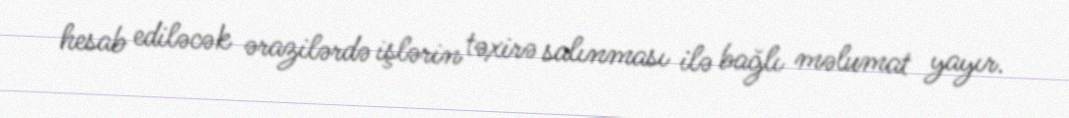
hesab ediləcək ərazilərdə işlərin təxirə salınması ilə bağlı məlumat yayır.